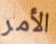
الأمر